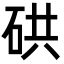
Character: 硔